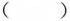
( )